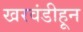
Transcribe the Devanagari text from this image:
खरवंडीहून